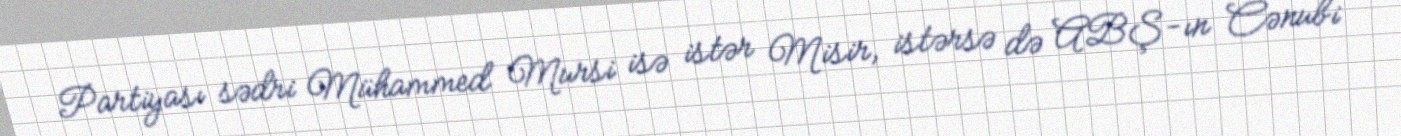
Partiyası sədri Mühammed Mursi isə istər Misir, istərsə də ABŞ-ın Cənubi